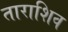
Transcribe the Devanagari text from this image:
ताराशिव